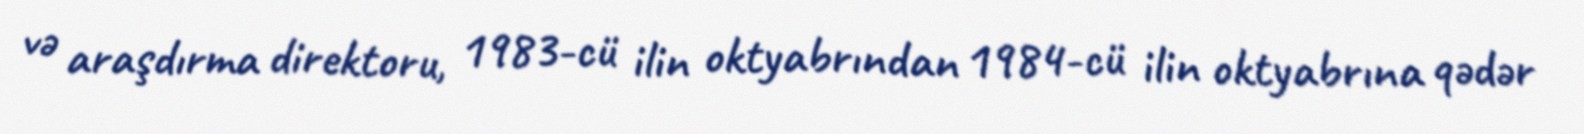
və araşdırma direktoru, 1983-cü ilin oktyabrından 1984-cü ilin oktyabrına qədər